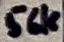
Text: 56k